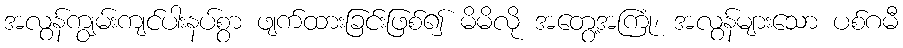
အလွန်ကျွမ်းကျင်ပါးနပ်စွာ ဖျက်ထားခြင်းဖြစ်၍ မိမိလို အတွေ့အကြုံ၊ အလွန်များသော ပစ်ဂမီ